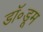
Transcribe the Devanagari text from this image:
डॉ॰डूम